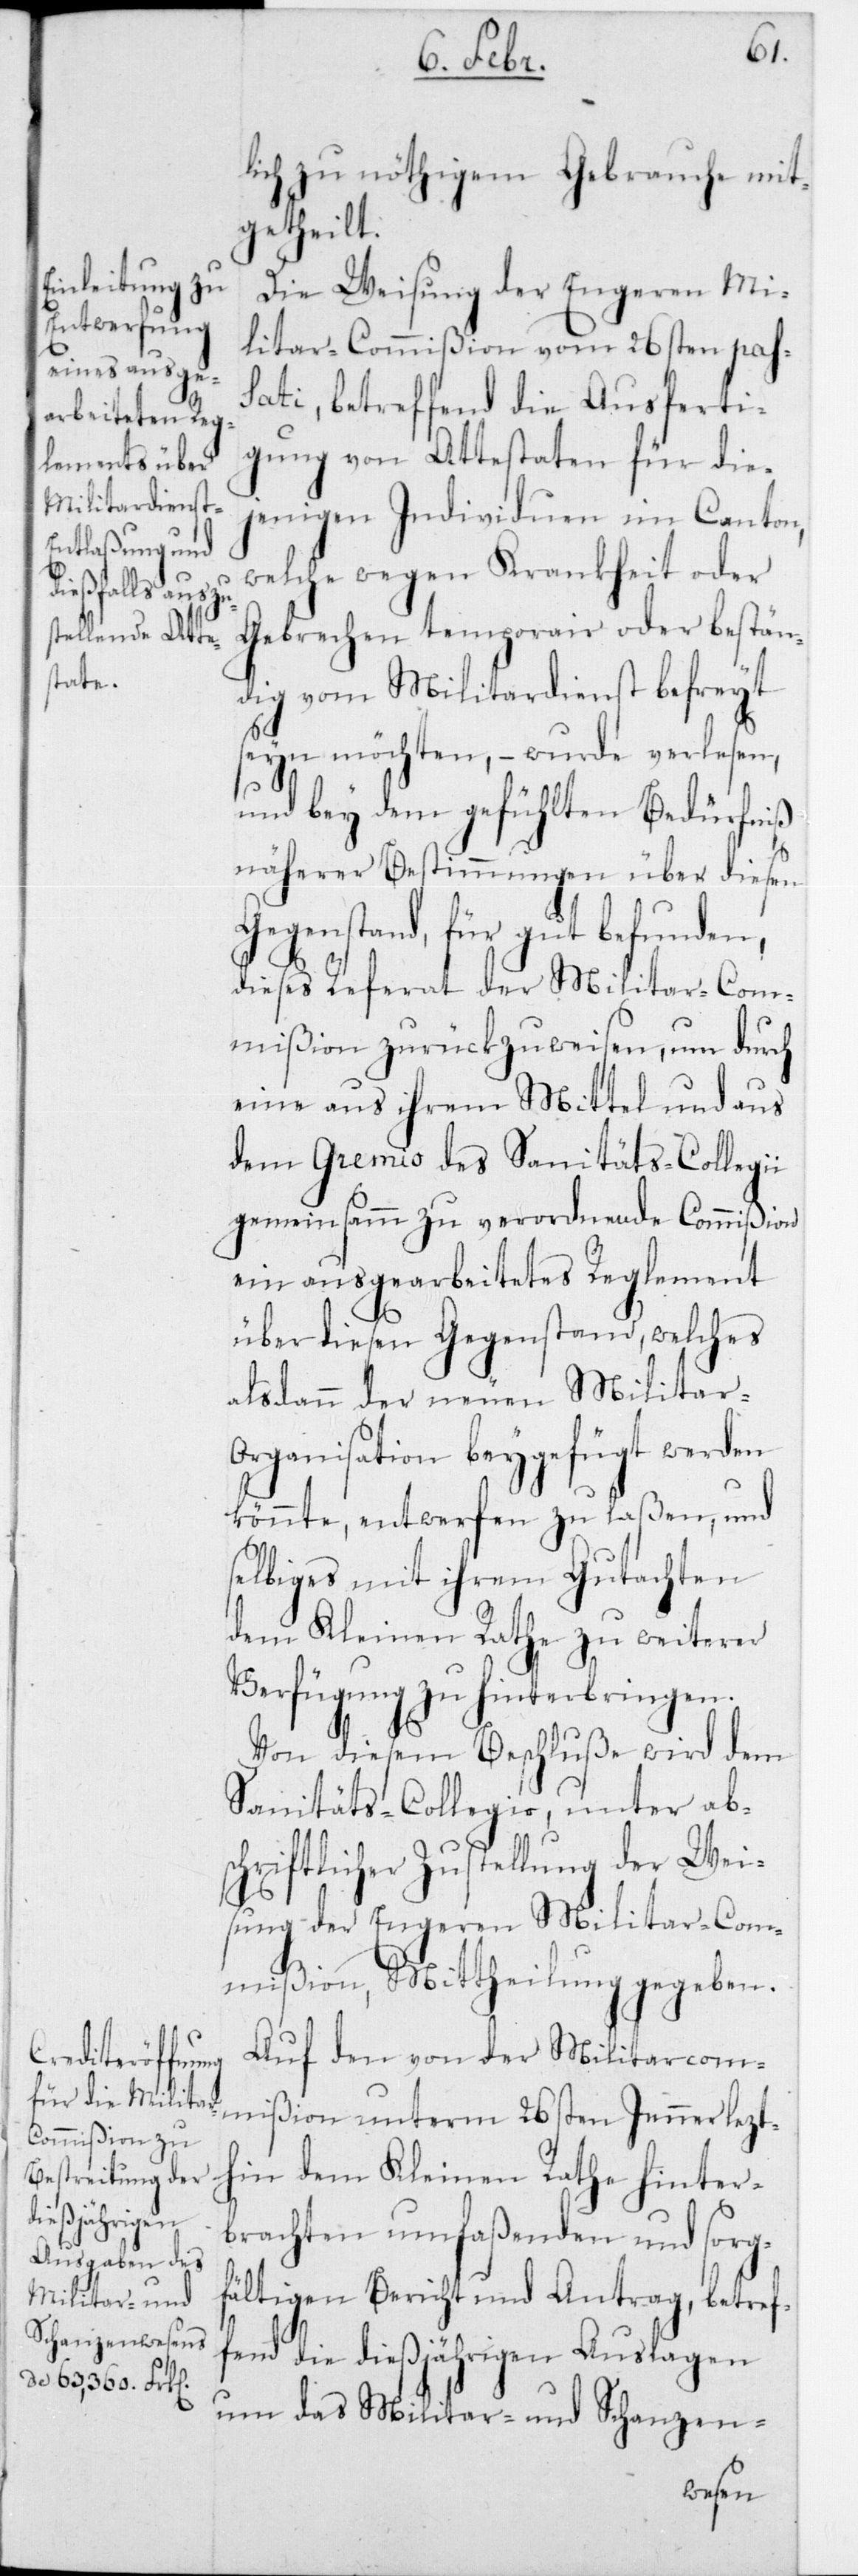
lich zu nöthigem Gebrauche mit¬
getheilt.
Die Weisung der Engeren Mi¬
litar-Commißion vom 26sten pas¬
sati, betreffend die Ausferti¬
gung von Attestaten für die¬
jenigen Individuen im Canton,
welche wegen Krankheit oder
Gebrechen temporair oder bestän¬
dig vom Militardienst befreyt
seyn möchten, – wurde verlesen,
und bey dem gefühlten Bedürfniß
näherer Bestimmungen über diesen
Gegenstand, für gut befunden,
dieses Referat der Militar-Com¬
mißion zurückzuweisen, um durch
eine aus ihrem Mittel und aus
dem Gremio des Sanitäts-Collegii
gemeinsamm zu verordnende Commißion
ein ausgearbeitetes Reglement
über diesen Gegenstand, welches
alsdann der neuen Militar-O¬
rganisation beygefügt werden
könnte, entwerfen zu laßen, und
selbiges mit ihrem Gutachten
dem Kleinen Rathe zu weiterer
Verfügung zu hinterbringen.
Von diesem Beschluße wird dem
Sanitäts-Collegio, unter ab¬
schriftlicher Zustellung der Wei¬
sung der engeren Militar-Com¬
mißion, Mittheilung gegeben.
Auf den von der Militar-Com¬
mißion unterm 26sten Jenner lezt¬
hin dem Kleinen Rathe hinter¬
brachten umfaßenden und sorg¬
fältigen Bericht und Antrag, betref¬
fend die dießjährigen Auslagen
um das Militar- und Schanzen-